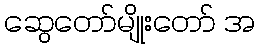
ဆွေတော်မျိုးတော် အ